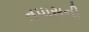
તપાસની